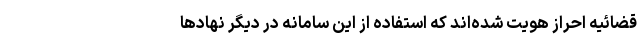
قضائیه احراز هویت شده‌اند که استفاده از این سامانه در دیگر نهادها